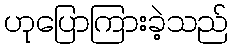
ဟုပြောကြားခဲ့သည်